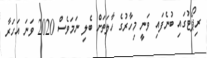
ރިޕޯޓުގައި ބުނެފައި ވަނީ މިހާރުގެ ހާލަތަށް ބެލި ނަމަވެސް 2020 ވަނަ އަހަރާ